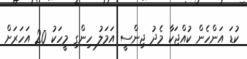
ކުޑަ އަންހެން ކުއްޖަކާ މެދު ޖިންސީ އަމަލު ހިންގި މީހަކު 20 އަހަރަށް